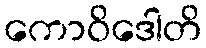
ကောဝိဒေါတိ